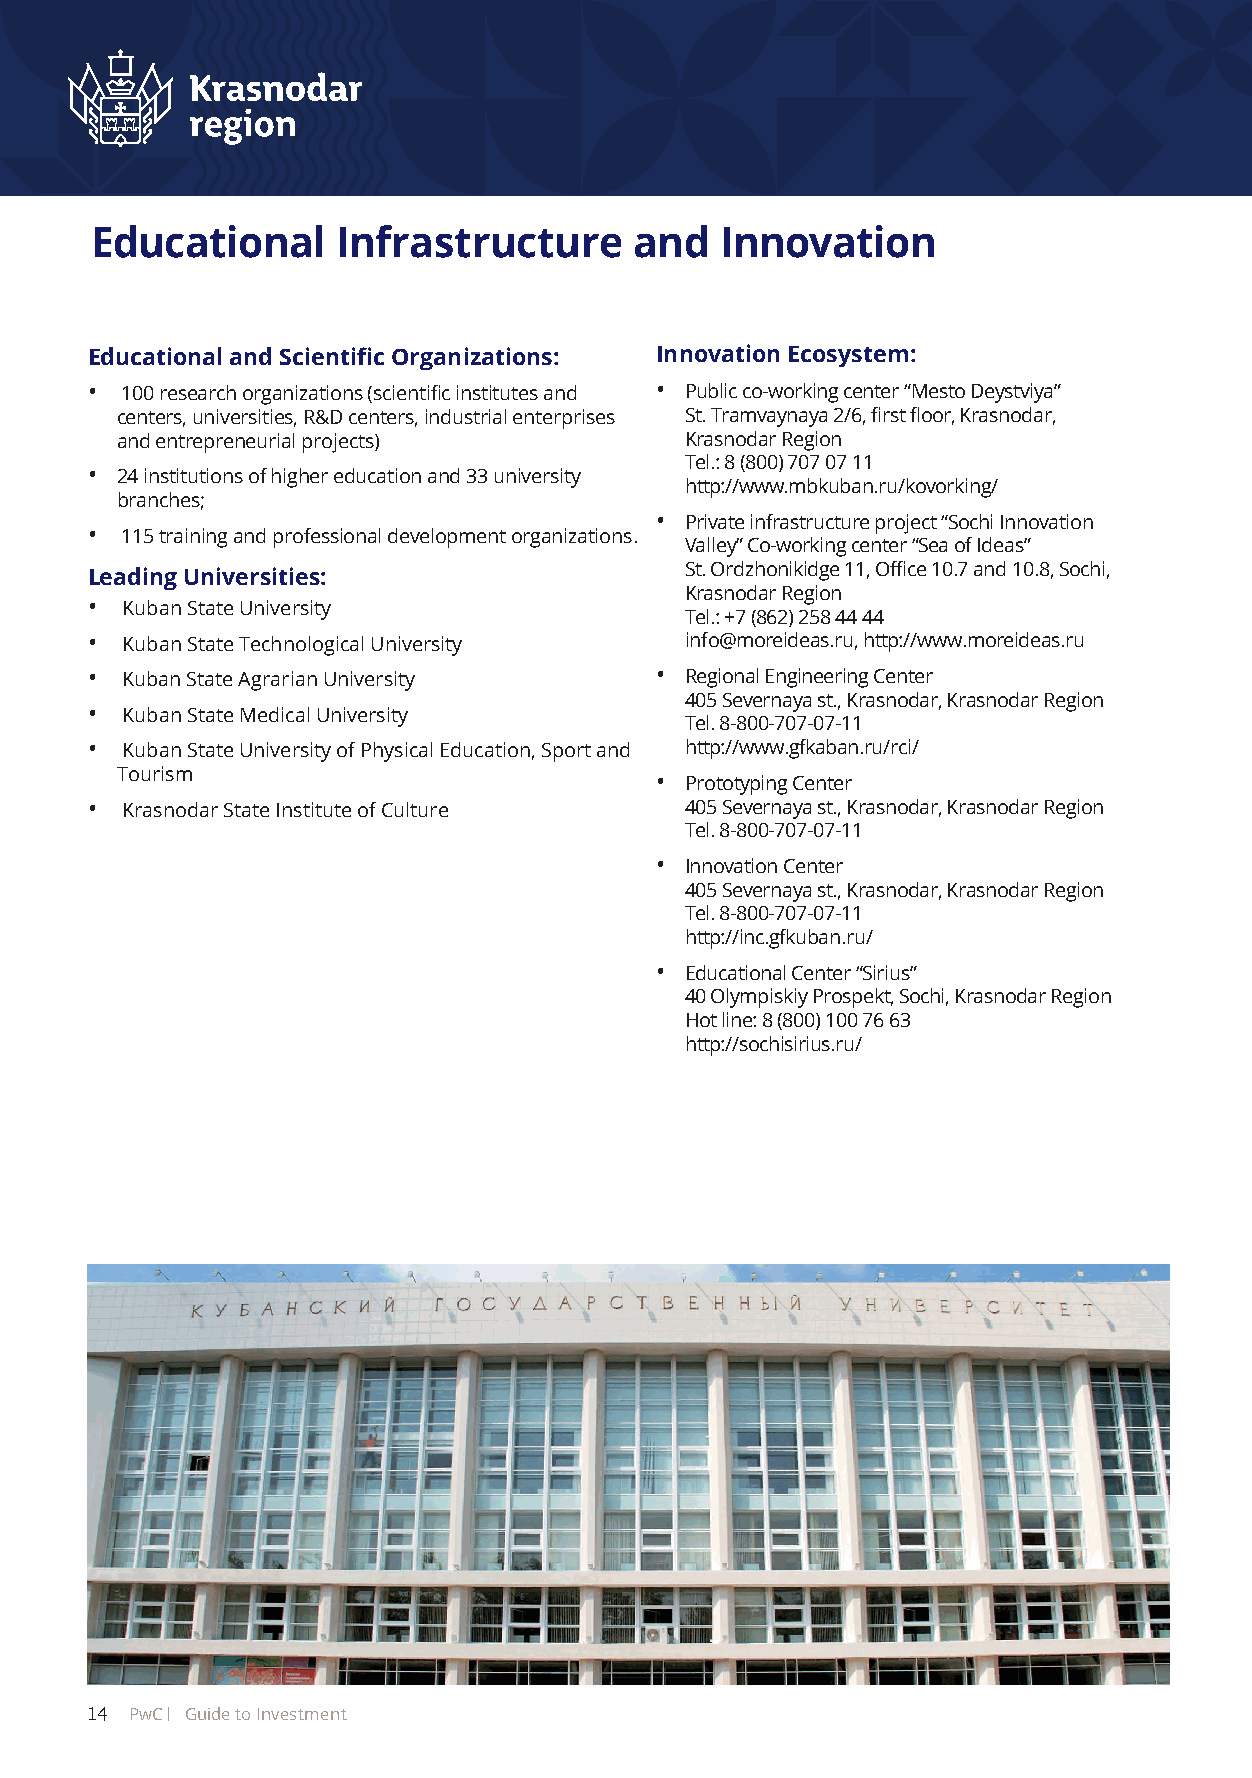
Educational     Infrastructure      and   Innovation
 Educational and Scientific Organizations: Innovation Ecosystem:
 • 100 research organizations (scientific institutes and • Public co-working center “Mesto Deystviya”
 centers, universities, R&D centers, industrial enterprises St. Tramvaynaya 2/6, first floor, Krasnodar,
 and entrepreneurial projects)        Krasnodar Region
 Tel.: 8 (800) 707 07 11
 • 24 institutions of higher education and 33 university
 http://www.mbkuban.ru/kovorking/
 branches;
 • Private infrastructure project “Sochi Innovation
 • 115 training and professional development organizations.
 Valley” Co-working center “Sea of Ideas”
 St. Ordzhonikidge 11, Office 10.7 and 10.8, Sochi,
 Leading Universities:
 Krasnodar Region
 • Kuban State University
 Tel.: +7 (862) 258 44 44
 • Kuban State Technological University info@moreideas.ru, http://www.moreideas.ru
 • Kuban State Agrarian University    • Regional Engineering Center
 405 Severnaya st., Krasnodar, Krasnodar Region
 • Kuban State Medical University
 Tel. 8-800-707-07-11
 • Kuban State University of Physical Education, Sport and http://www.gfkaban.ru/rci/
 Tourism                            • Prototyping Center
 • Krasnodar State Institute of Culture 405 Severnaya st., Krasnodar, Krasnodar Region
 Tel. 8-800-707-07-11
 • Innovation Center
 405 Severnaya st., Krasnodar, Krasnodar Region
 Tel. 8-800-707-07-11
 http://inc.gfkuban.ru/
 • Educational Center “Sirius”
 40 Olympiskiy Prospekt, Sochi, Krasnodar Region
 Hot line: 8 (800) 100 76 63
 http://sochisirius.ru/
 14 PwC Guide to Investment